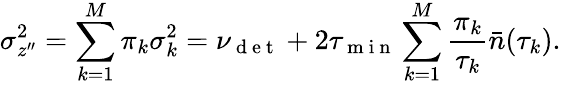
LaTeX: \sigma_{z^{\prime\prime}}^{2}=\sum_{k=1}^{M}\pi_{k}\sigma_{k}^{2}=\nu_{\mathrm{~d~e~t~}}+2\tau_{\mathrm{~m~i~n~}}\sum_{k=1}^{M}\frac{\pi_{k}}{\tau_{k}}\bar{n}(\tau_{k}).